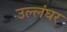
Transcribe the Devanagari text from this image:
उल्लंघर